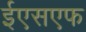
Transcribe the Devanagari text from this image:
ईएसएफ